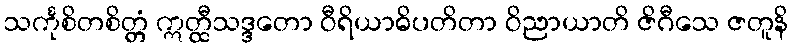
သင်္ကုစိတစိတ္တံ ဣတ္ထီသဒ္ဒတော ဝီရိယာဓိပတိတာ ဝိညာယာတိ ဇိဂီသေ ဇတူနိ